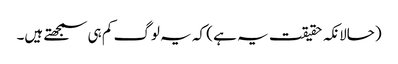
(حالانکہ حقیقت یہ ہے ) کہ یہ لوگ کم ہی سمجھتے ہیں۔